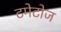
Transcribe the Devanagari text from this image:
टमेटोज